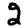
Digit: 2